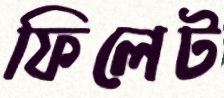
ফিলেট